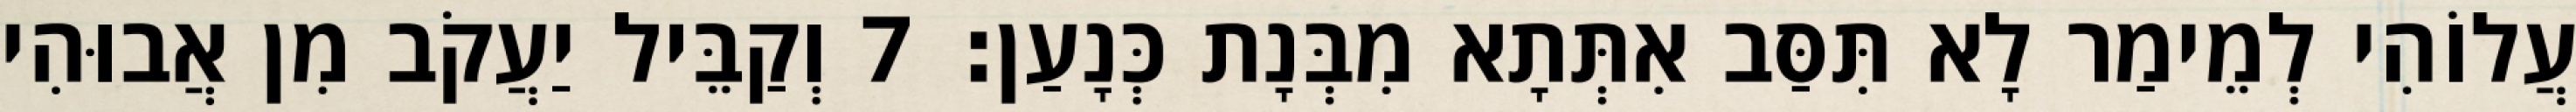
עֲלוֹהִי לְמֵימַר לָא תִּסַּב אִתְּתָא מִבְּנָת כְּנָעַן׃ 7 וְקַבֵּיל יַעֲקֹב מִן אֲבוּהִי